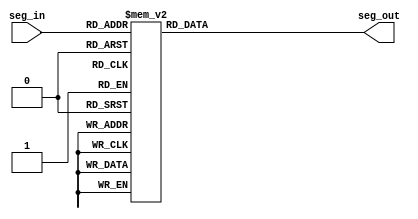
// ECE6370
//Seven segment display mapping 
module seven_seg(seg_in, seg_out);
 
 input[3:0] seg_in;
 output[6:0] seg_out;
 reg[6:0] seg_out;
 
 
 always @ (seg_in)
 begin 

  case(seg_in)
   4'h0:
   begin
    seg_out=7'b0000001;
    //displays '0' .
   end
   4'h1:
   begin
    seg_out=7'b1001111;
    //displays '1'
   end
   4'h2:
   begin
    seg_out=7'b0010010;
    //displays '2'
   end
   4'h3:
   begin
    seg_out=7'b0000110;
    //displays '3'
   end
   4'h4:
   begin
    seg_out=7'B1001100;
    //displays '4'
   end
   4'h5:
   begin
    seg_out=7'b0100100;
    //displays '5'
   end
   4'h6:
   begin
    seg_out=7'b0100000;
    //displays '6'
   end
   4'h7:
   begin
    seg_out=7'b0001111;
    //displays '7'
   end
   4'h8:
   begin
    seg_out=7'b0000000;
    //displays '8'
   end
   4'h9:
   begin
    seg_out=7'b0000100;
    //displays '9'
   end
   4'hA:
   begin
    seg_out=7'b0000010;
    //displays 'a'
   end
   4'hB:
   begin
    seg_out=7'b1100000;
    //displays 'b'
   end
   4'hC:
   begin
    seg_out=7'b0110001;
    //displays 'C'
   end
   4'hD:
   begin
    seg_out=7'b1000010;
    //displays 'd'
   end
   4'hE:
   begin
    seg_out=7'b0010000;
    //displays 'e'
   end
   4'hF:
   begin
    seg_out=7'b0111000;
    //displays 'F'
   end
   default:
   begin
    seg_out=7'b1111111;
   end
  endcase
 end
endmodule